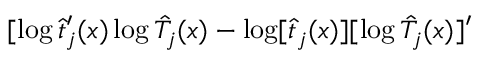
[ \log \hat { t } _ { j } ^ { \prime } ( x ) \log \hat { T } _ { j } ( x ) - \log [ \hat { t } _ { j } ( x ) ] [ \log \hat { T } _ { j } ( x ) ] ^ { \prime }